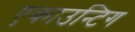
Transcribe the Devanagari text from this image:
एकाउन्टिग